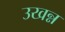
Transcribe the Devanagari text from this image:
उखन्न